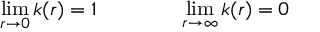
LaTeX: \operatorname * { l i m } _ { r \rightarrow 0 } k ( r ) = 1 \qquad \qquad \operatorname * { l i m } _ { r \rightarrow \infty } k ( r ) = 0